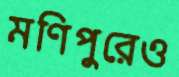
মণিপুরেও